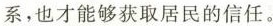
系，也才能够获取居民的信任。